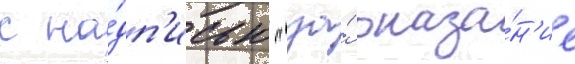
с на́дп'исью "за́ оказа́н'ие